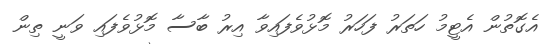
އެގޮތުން އެޓީމު ހަތަރު ފަހަރު މޮޅުވެފައިވާ އިރު ބާސާ މޮޅުވެފައި ވަނީ ތިން